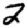
Digit: 2